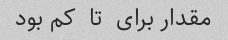
مقدار برای  تا  کم بود